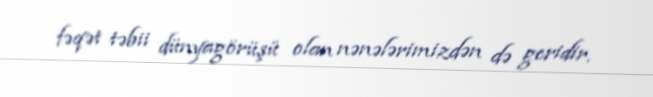
fəqət təbii dünyagörüşü olan nənələrimizdən də geridir.